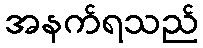
အနက်ရသည်